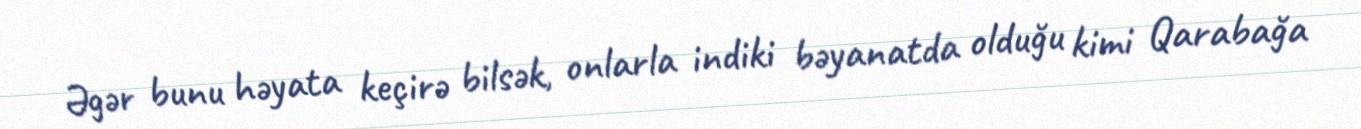
Əgər bunu həyata keçirə bilsək, onlarla indiki bəyanatda olduğu kimi Qarabağa